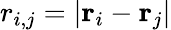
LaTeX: r_{i,j}=|\mathbf{r}_{i}-\mathbf{r}_{j}|